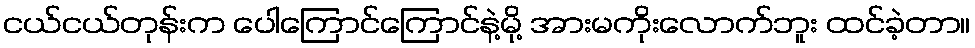
ငယ်ငယ်တုန်းက ပေါကြောင်ကြောင်နဲ့မို့ အားမကိုးလောက်ဘူး ထင်ခဲ့တာ။